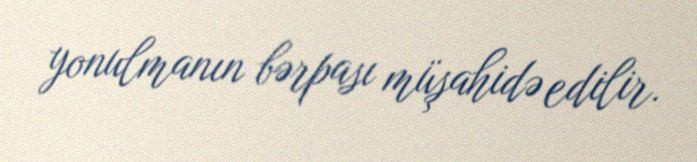
yonulmanın bərpası müşahidə edilir.